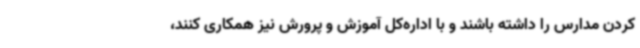
کردن مدارس را داشته باشند و با اداره‌کل آموزش و پرورش نیز همکاری کنند،